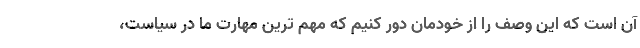
آن است که این وصف را از خودمان دور کنیم که مهم ترین مهارت ما در سیاست،